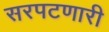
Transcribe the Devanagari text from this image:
सरपटणारी